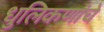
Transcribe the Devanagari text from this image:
धुलिकणांचे